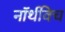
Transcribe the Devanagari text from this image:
नॉर्थविच